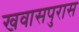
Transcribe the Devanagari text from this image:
खवासपुरास